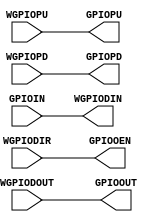
module GPIO (
		// Wrapper ports
		output 	wire [15:0] WGPIODIN,
        input 	wire [15:0] WGPIODOUT,
        input 	wire [15:0] WGPIOPU,
        input 	wire [15:0] WGPIOPD,
        input 	wire [15:0] WGPIODIR,		
		// Externals
        input 	wire [15:0] GPIOIN,
        output 	wire [15:0] GPIOOUT,
        output 	wire [15:0] GPIOPU,
        output 	wire [15:0] GPIOPD,
        output 	wire [15:0] GPIOOEN		
);
		assign GPIOOEN 	= WGPIODIR;
		assign GPIOPU 	= WGPIOPU;
		assign GPIOPD 	= WGPIOPD;
		assign GPIOOUT	= WGPIODOUT;
		assign WGPIODIN = GPIOIN;
endmodule